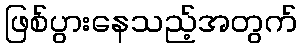
ဖြစ်ပွားနေသည့်အတွက်